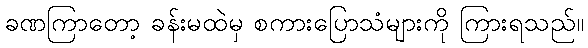
ခဏကြာတော့ ခန်းမထဲမှ စကားပြောသံများကို ကြားရသည်။